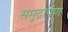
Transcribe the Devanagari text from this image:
समुद्रार्पण